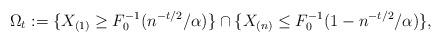
LaTeX: \begin{align*}\Omega_t := \{X_{(1)} \geq F_0^{-1}(n^{-t/2}/\alpha)\} \cap \{X_{(n)} \leq F_0^{-1}(1-n^{-t/2}/\alpha)\},\end{align*}